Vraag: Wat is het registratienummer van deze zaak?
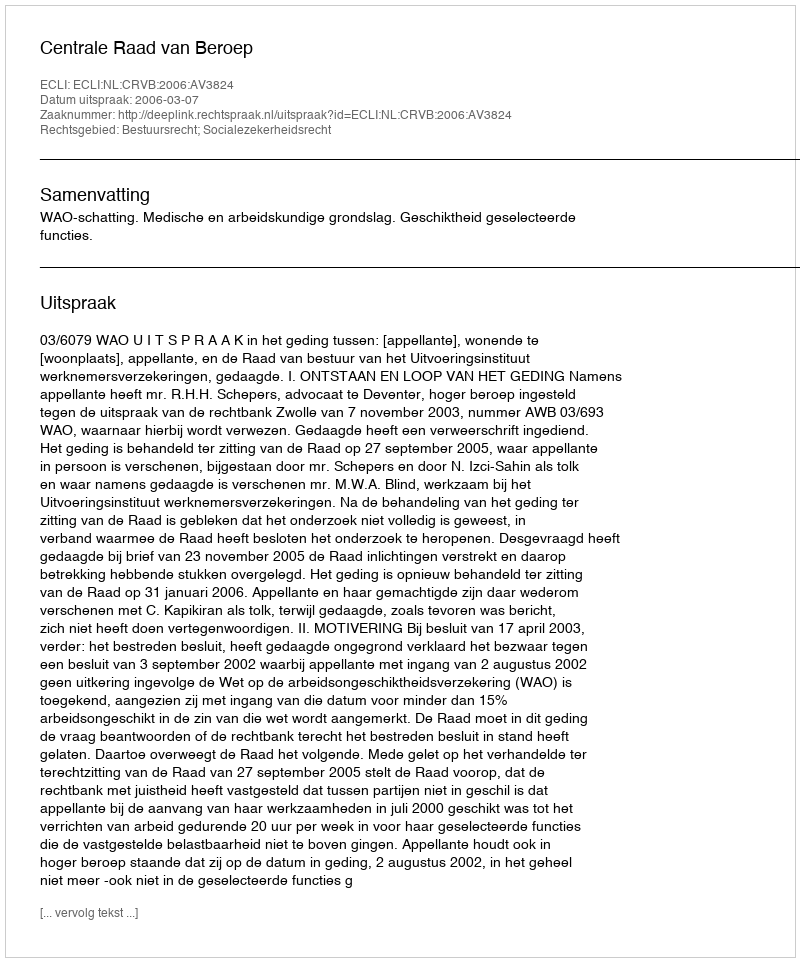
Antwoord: http://deeplink.rechtspraak.nl/uitspraak?id=ECLI:NL:CRVB:2006:AV3824